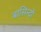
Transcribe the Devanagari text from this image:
बासिन्दों